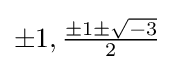
{\textstyle \pm 1,{\frac {\pm 1\pm {\sqrt {-3}}}{2}}}